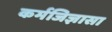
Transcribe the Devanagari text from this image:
कर्मजिज्ञासा